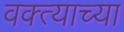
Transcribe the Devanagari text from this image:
वक्त्याच्या